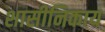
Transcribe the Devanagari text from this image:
शासीनिकाय